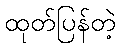
ထုတ်ပြန်တဲ့